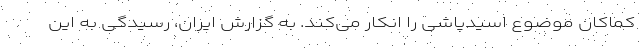
کماکان موضوع اسیدپاشی را انکار می‌کند. به گزارش ایران، رسیدگی به این